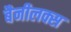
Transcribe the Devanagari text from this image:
बैनीलक्स